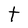
Character: t